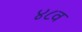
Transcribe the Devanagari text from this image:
४८व